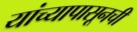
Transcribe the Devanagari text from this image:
यांच्यापासूनची